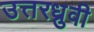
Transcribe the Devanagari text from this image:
उत्तरध्रुवी